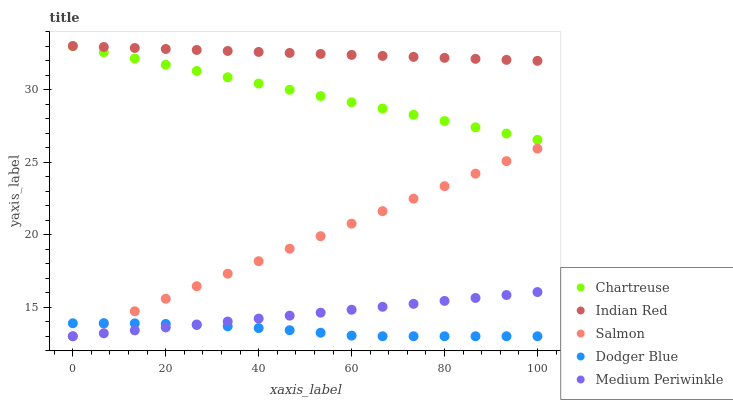
| xaxis_label | Chartreuse | Indian Red | Salmon | Dodger Blue | Medium Periwinkle |
 | --- | --- | --- | --- | --- | --- |
 | 0 | 33 | 33 | 13 | 13.9 | 13 |
 | 6.67 | 32.6 | 32.9 | 13.9 | 13.9 | 13.2 |
 | 13.3 | 32.1 | 32.9 | 14.7 | 13.9 | 13.4 |
 | 20 | 31.7 | 32.8 | 15.6 | 13.8 | 13.6 |
 | 26.7 | 31.3 | 32.7 | 16.4 | 13.8 | 13.8 |
 | 33.3 | 30.8 | 32.7 | 17.3 | 13.7 | 14 |
 | 40 | 30.4 | 32.6 | 18.2 | 13.6 | 14.2 |
 | 46.7 | 30 | 32.5 | 19 | 13.4 | 14.4 |
 | 53.3 | 29.6 | 32.5 | 19.9 | 13.2 | 14.6 |
 | 60 | 29.1 | 32.4 | 20.8 | 13 | 14.8 |
 | 66.7 | 28.7 | 32.3 | 21.6 | 13 | 15 |
 | 73.3 | 28.3 | 32.3 | 22.5 | 13 | 15.2 |
 | 80 | 27.8 | 32.2 | 23.3 | 13 | 15.4 |
 | 86.7 | 27.4 | 32.1 | 24.2 | 13 | 15.6 |
 | 93.3 | 27 | 32 | 25.1 | 13 | 15.8 |
 | 100 | 26.5 | 32 | 25.9 | 13 | 16 |